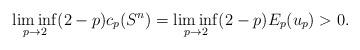
LaTeX: \begin{align*}\liminf_{p\to 2}(2-p)c_p(S^n)=\liminf_{p\to 2}(2-p)E_p(u_p)>0.\end{align*}